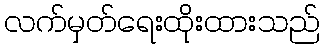
လက်မှတ်ရေးထိုးထားသည်